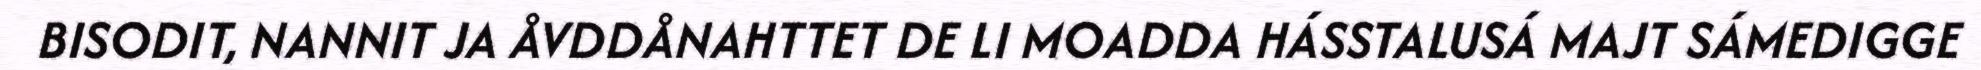
BISODIT, NANNIT JA ÅVDDÅNAHTTET DE LI MOADDA HÁSSTALUSÁ MAJT SÁMEDIGGE